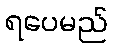
ရပေမည်